Lunatic asylums Bombay report 1878-1890 - 1878-1890
Year: 1878
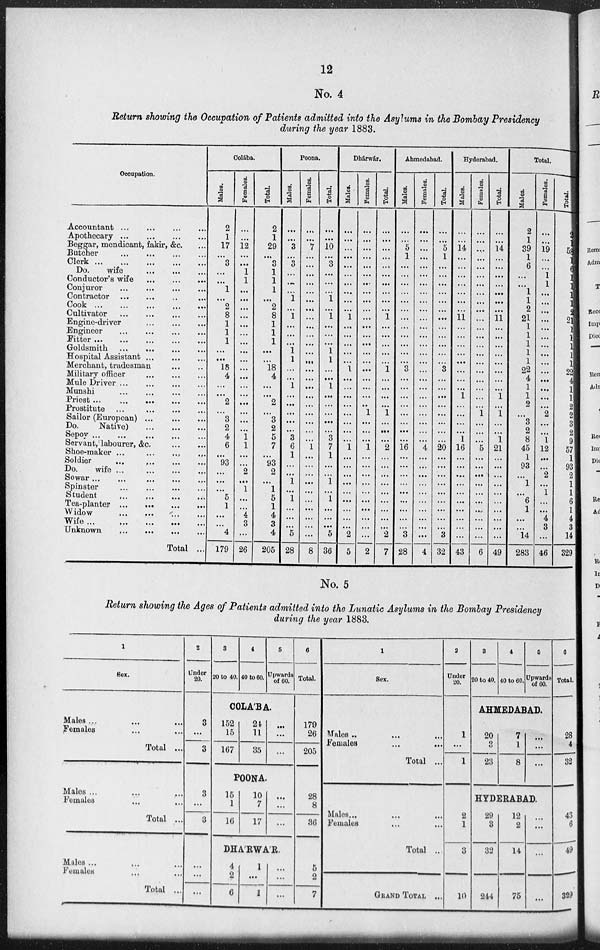
12
No. 4
Return showing the Occupation of Patients admitted into the Asylums in the Bombay Presidency
during the year 1883.
Occupation.
Accountant...
...
...
...
Apothecary...
...
...
...
Beggar, mendicant, fakir, &c. ...
Butcher
...
...
...
...
Clerk...
...
...
...
Do.
wife ... ... ... ...
Conductor's wife ... ... ... ...
Conjuror ... ... ... ...
Contractor ... ... ... ...
Cook...
...
...
...
Cultivator
...
...
...
...
Engine-driver ... ... ... ...
Engineer ... ... ... ...
Fitter...
...
...
...
Goldsmith
...
...
...
...
Hospital Assistant... ... ... ...
Merchant, tradesman ... ... ... ...
Military officer ... ... ... ...
Mule Driver ... ... ... ...
Munshi
...
...
...
...
Priest ... ... ... ...
Prostitute ...
...
...
...
Sailor (European) ... ... ... ...
Do.
Native) ... ... ... ...
Sepoy...
...
...
...
Servant, labourer, &c.
...
...
Shoe-maker ... ... ... ...
Soldier
...
...
...
...
Do.
wife ...
...
...
...
Sowar...
...
...
...
...
Spinster
...
...
...
...
Student
...
...
...
...
Tea-planter
...
...
...
...
Widow
...
...
...
Wife...
...
...
...
...
Unknown
...
...
...
...
Total ...
Colába.
Males.
2
1
17
...
3
...
...
1
...
2
8
1
1
1
...
...
18
4
...
...
2
...
3
2
4
6
...
93
...
...
...
5
1
...
...
4
179
Femal.
...
...
12
...
...
1
1
...
...
...
...
...
...
...
...
...
...
...
...
...
...
...
...
...
1
1
...
...
2
...
1
...
...
4
3
...
26
Total.
2
1
29
...
3
1
1
1
...
2
8
1
1
1
...
...
18
4
...
...
2
...
3
2
5
7
...
93
2
...
1
5
1
4
3
4
205
Poona.
Males.
...
...
3
...
3
...
...
...
1
...
1
...
...
...
1
1
...
...
1
...
...
...
...
...
3
6
1
...
...
1
...
1
...
...
...
5
28
Femal.
...
...
7
...
...
...
...
...
...
...
...
...
...
...
...
...
...
...
...
...
...
...
...
...
...
1
...
...
...
...
...
...
...
...
...
...
8
Total.
...
...
10
...
3
...
...
...
1
...
l
...
...
...
1
1
...
...
1
...
...
...
...
...
3
7
1
...
...
1
...
1
...
...
...
5
36
Dhárwár.
Male.
...
...
...
...
...
...
...
...
...
...
1
...
...
...
...
...
1
...
...
...
...
...
...
...
...
1
...
...
...
...
...
...
...
...
...
2
5
Female.
...
...
...
...
...
...
...
...
...
...
...
...
...
...
...
...
...
...
...
...
...
1
...
...
...
1
...
...
...
...
...
...
...
...
...
...
2
Total.
...
...
...
...
...
...
...
...
...
...
1
...
...
...
...
...
1
...
...
...
...
1
...
...
...
2
...
...
...
...
...
..
...
...
...
2
7
Ahmedabad.
Males.
...
...
5
1
...
...
...
...
...
...
...
...
...
...
...
...
3
...
...
...
...
...
...
...
...
16
...
...
...
...
...
...
...
...
...
3
28
Females.
...
...
...
...
...
...
...
...
...
...
...
...
...
...
...
...
...
...
...
...
...
...
...
...
...
4
...
...
...
...
...
..
...
...
...
...
4
Totals.
...
...
5
1
...
...
...
...
...
...
...
...
...
...
...
...
3
...
...
...
...
...
...
...
...
20
...
...
...
...
...
...
...
...
...
3
32
Hyderabad.
Males.
...
...
14
...
...
...
...
...
...
...
11
...
...
...
...
...
...
...
...
1
...
...
...
...
1
16
...
...
...
...
...
...
...
...
...
...
43
Femal.
...
...
...
...
...
...
...
...
...
...
...
...
...
...
...
...
...
...
...
...
...
...
...
...
...
...
...
...
...
...
...
...
...
...
...
...
6
Total.
...
...
14
...
...
...
...
...
...
...
11
...
...
...
...
...
...
...
...
1
...
1
...
...
1
21
...
...
...
...
...
...
...
...
...
...
49
Total.
Male.
2
1
39
1
6
...
...
1
1
2
21
1
1
1
1
1
22
4
1
1
2
...
3
2
8
45
1
93
...
1
...
6
1
...
...
14
283
Females.
...
...
19
...
...
1
1
...
...
...
...
...
...
...
...
...
...
...
...
...
...
2
...
...
1
12
...
...
2
...
1
...
...
4
3
...
46
Total.
2
1
58
1
6
1
1
6
1
2
21
1
1
1
1
1
22
4
1
1
2
2
3
2
9
57
1
93
2
1
1
6
1
4
3
14
329
No. 5
Return showing the Ages of Patients admitted into the Lunatic Asylums in the Bombay Presidency
during the year 1883.
1
Sex.
Males ... ... ...
Females ... ...
Total ...
Males ... ... ...
Females ... ...
Total ...
Males ... ... ...
Females ... ...
Total ...
2
Under
20.
3
20 to 40.
4
40 to 60.
5
Upwards
of 60.
6
Total.
COLABA.
3
...
3
152
15
167
24
11
35
...
...
...
179
26
205
POONA.
3
...
3
15
1
16
10
7
17
...
...
...
28
8
36
DHARWAR.
...
...
...
4
2
6
1
...
1
...
...
...
5
2
7
1
Sex.
Males .. ... ...
Females ... ...
Total ...
Males... ... ...
Females ... ... ...
Total ...
GRAND TOTAL ...
2
Under
20.
3
20 to 40.
4
40 to 60.
5
Upwards
of 60.
6
Total.
AHMEDABAD.
1
...
1
20
3
23
7
1
8
...
...
...
28
4
32
HYDERABAD.
2
1
3
10
29
3
32
244
12
2
14
75
...
...
...
...
43
6
49
329